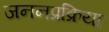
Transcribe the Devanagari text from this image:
जननप्रक्रिया